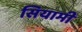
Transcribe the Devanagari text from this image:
सियामी